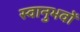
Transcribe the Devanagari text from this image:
स्वानुभवों